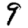
Digit: 9